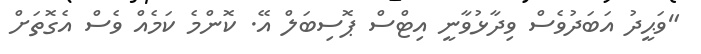
"ވަޙީދު އަބަދުވެސް ވިދާޅުވާނީ އިޓްސް ޕޮސިބަލް އޭ. ކޮންމެ ކަމެއް ވެސް އެގޮތަށް